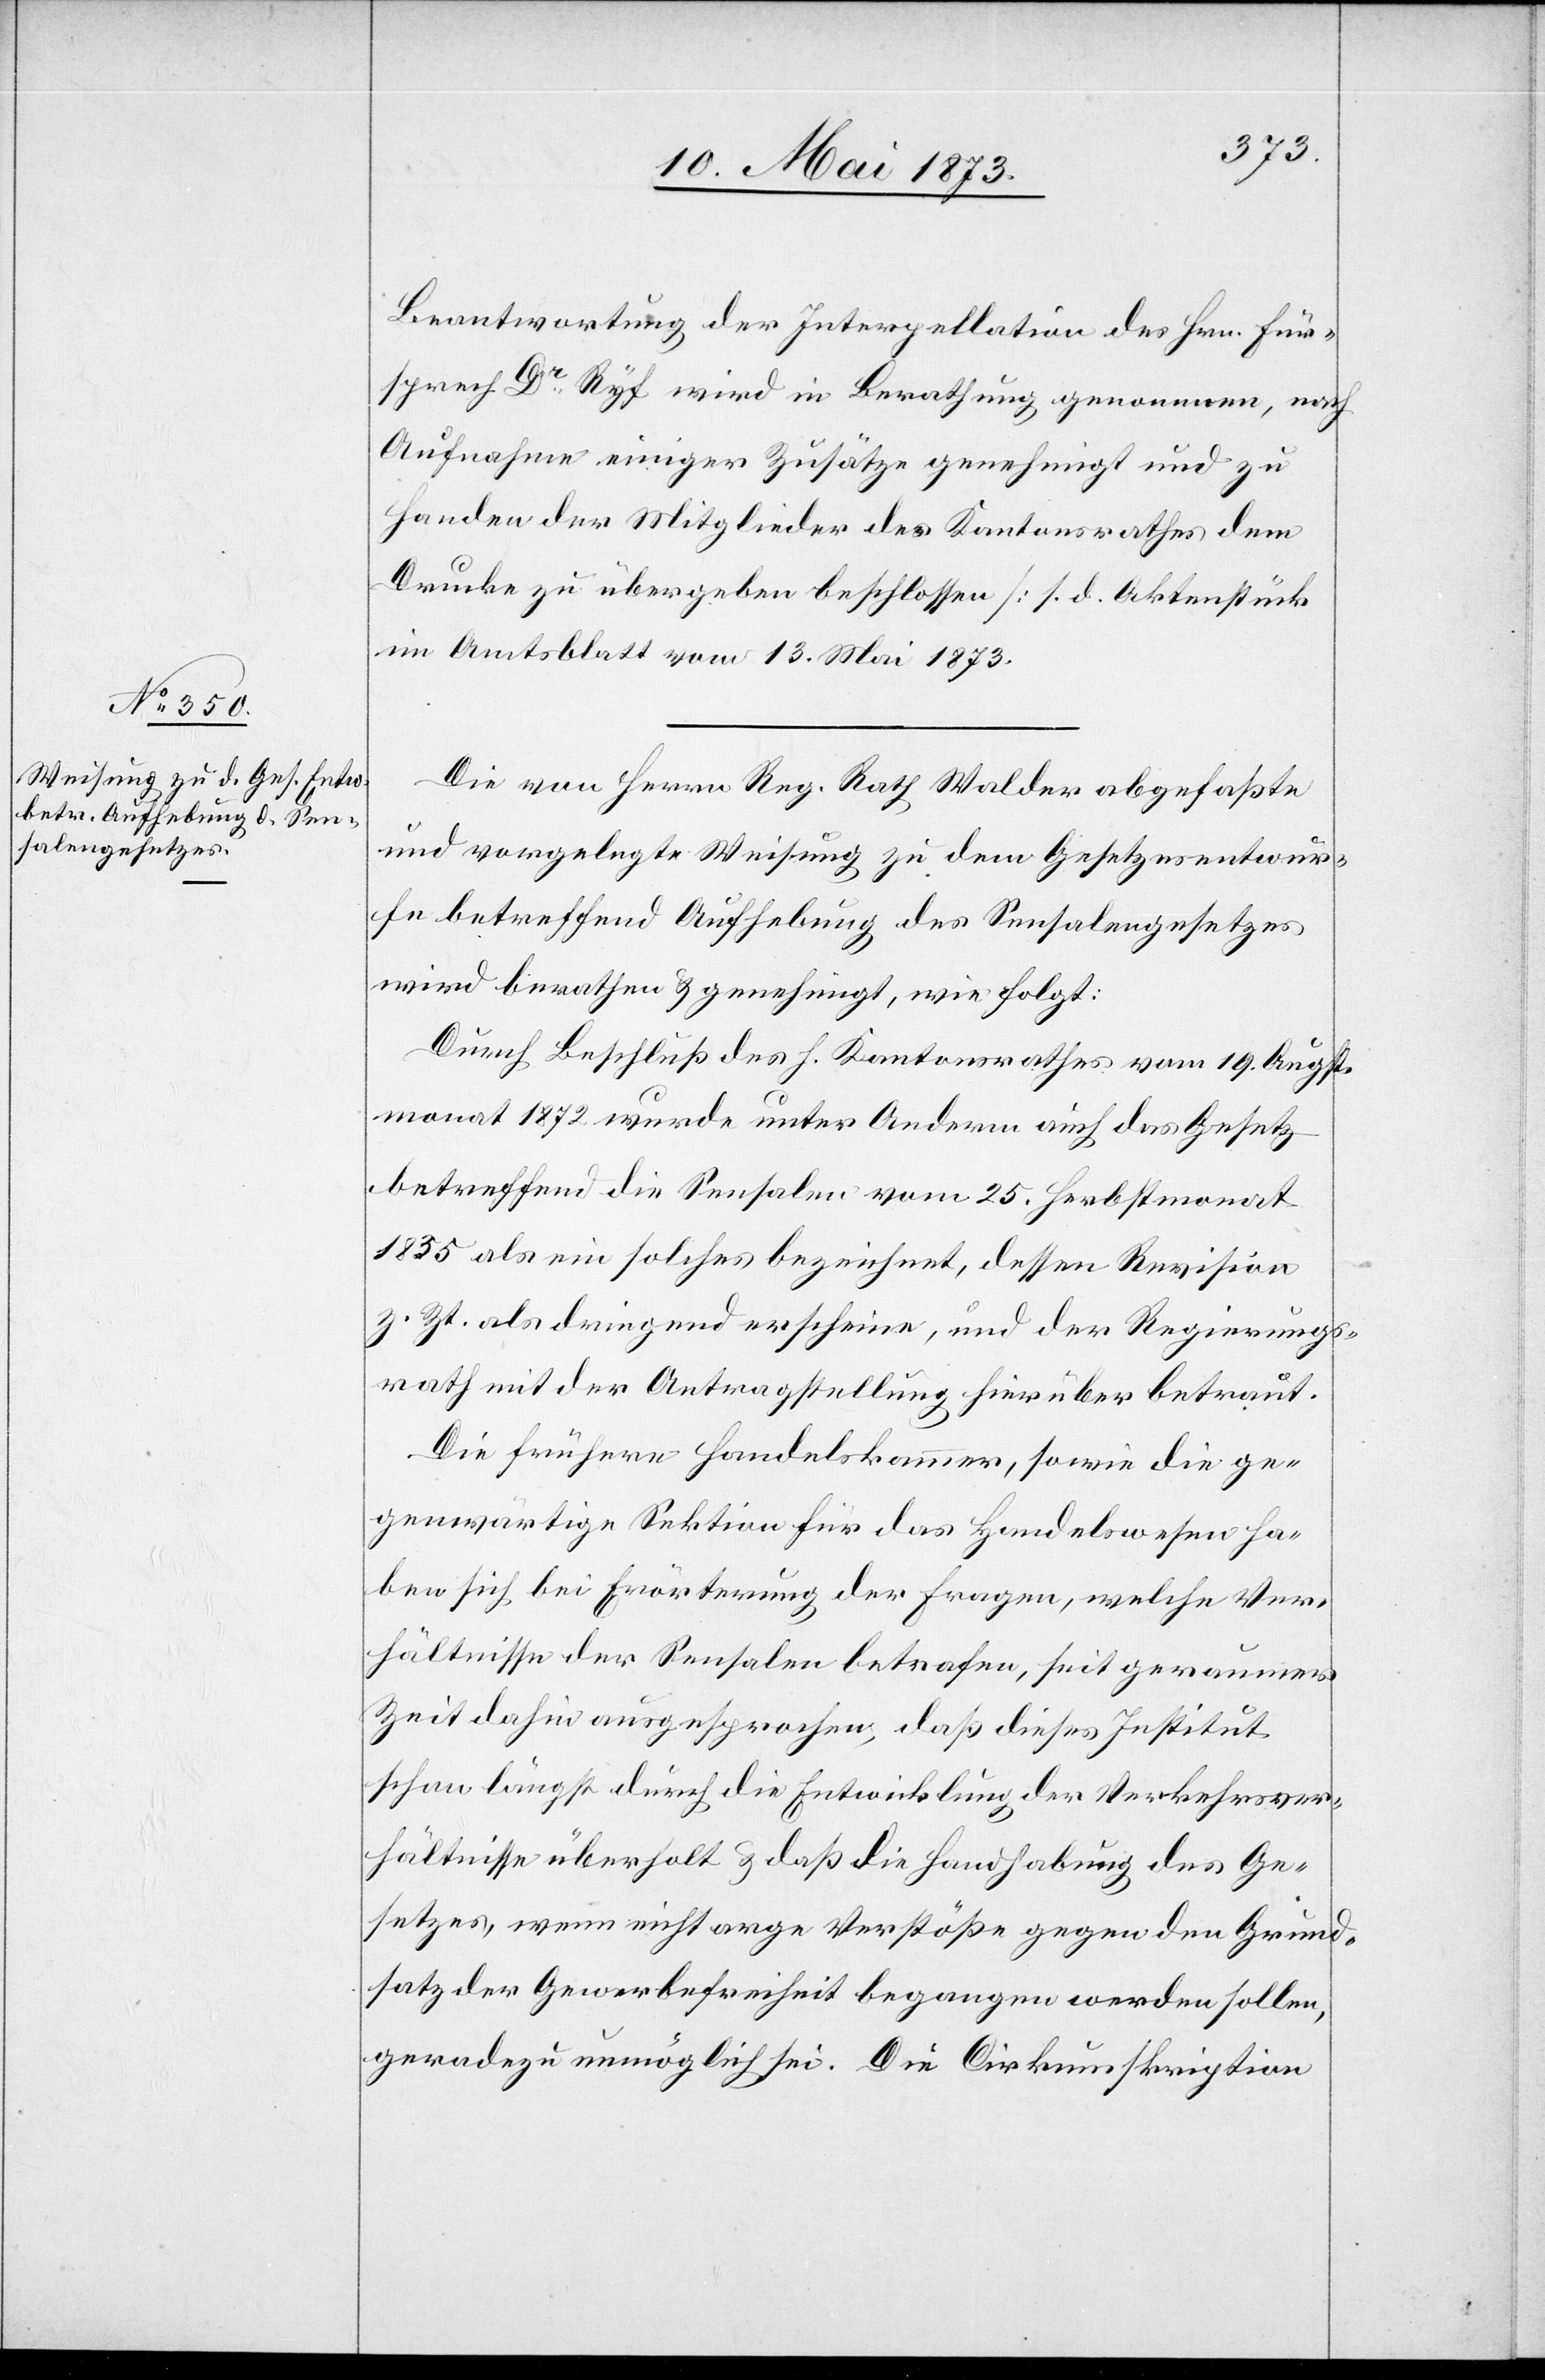
Beantwortung der Interpellation des Hrn. Für¬
sprech Dr Ryf wird in Berathung genommen, nach
Aufnahme einiger Zusätze genehmigt und zu
Handen der Mitglieder des Kantonsrathes dem
Drucke zu übergeben beschlossen [s. d. Aktenstücke
im Amtsblatt vom 13. Mai 1873.]
Die von Herrn Reg. Rath Walder abgefaßte
und vorgelegte Weisung zu dem Gesetzesentwur¬
fe betreffend Aufhebung des Sensalengesetzes
wird berathen & genehmigt, wie folgt:
Durch Beschluß des h. Kantonsrathes vom 19. Augst¬
monat 1872 wurde unter Anderm auch das Gesetz
betreffend die Sensalen vom 25. Herbstmonat
1835 als ein solches bezeichnet, dessen Revision
z. Zt. als dringend erscheine, und der Regierungs¬
rath mit der Antragstellung hierüber betraut.
Die frühere Handelskammer, sowie die ge¬
genwärtige Sektion für das Handelswesen ha¬
ben sich bei Erörterung der Fragen, welche Ver¬
hältnisse der Sensalen betrafen, seit geraumer
Zeit dahin ausgesprochen, daß dieses Institut
schon längst durch die Entwicklung der Verkehrsver¬
hältnisse überholt & daß die Handhabung des Ge¬
setzes, wenn nicht arge Verstöße gegen den Grund¬
satz der Gewerbefreiheit begangen werden sollen,
geradezu unmöglich sei. Die Cirkumskription